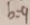
b = 9